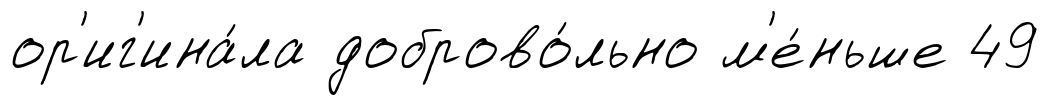
ор'иг'ина́ла доброво́льно м'е́ньше 49